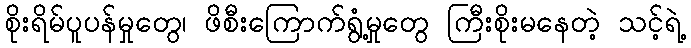
စိုးရိမ်ပူပန်မှုတွေ၊ ဖိစီးကြောက်ရွံ့မှုတွေ ကြီးစိုးမနေတဲ့ သင့်ရဲ့